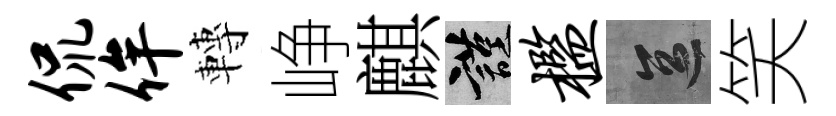
侃侔轉峥麒謹槛區笑